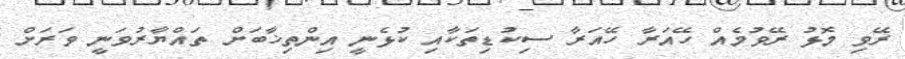
ރޭވި މޮޅު ރޭވުމެއް ހޭއަރާ ހޭއަރާ ސިކުޑިތަކާއި ކުޅެނީ އިންތިޚާބަށް ތައްޔާރުވަނީ ވަރަށް